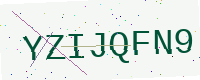
Text: YZIJQFN9